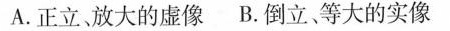
A.正立，放大的虚像B.倒立等大的实像